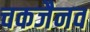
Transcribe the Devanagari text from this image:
चकजैनव